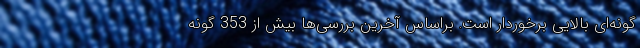
گونه‌ای بالایی برخوردار است. براساس آخرین بررسی‌ها بیش از 353 گونه